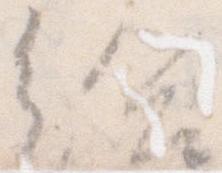
給